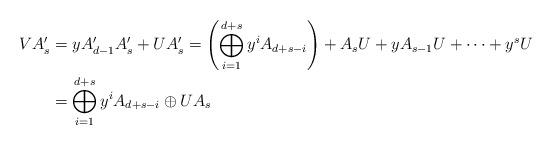
LaTeX: \begin{align*}VA_{s}'&=yA_{d-1}'A_{s}'+UA_{s}'=\left(\bigoplus_{i=1}^{d+s} y^iA_{d+s-i}\right)+A_{s}U+yA_{s-1}U+\dots+y^sU\\&=\bigoplus_{i=1}^{d+s} y^iA_{d+s-i} \oplus UA_{s}\end{align*}